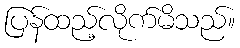
ပြန်ထည့်လိုက်မိသည်။